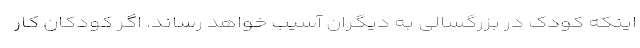
اینکه کودک در بزرگسالی به دیگران آسیب خواهد رساند. اگر کودکان کار